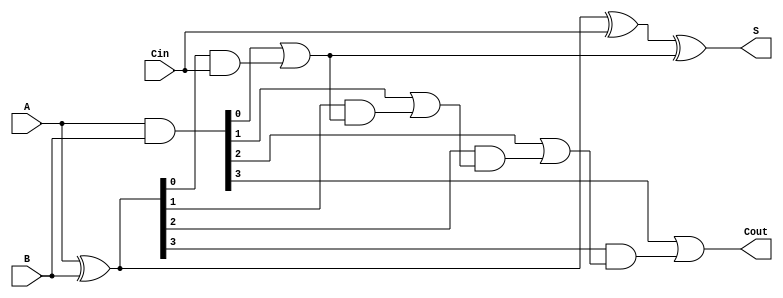
module conditional_sum_adder (
    input [3:0] A,      // 4-bit input A
    input [3:0] B,      // 4-bit input B
    input Cin,          // Carry-in
    output [3:0] S,     // 4-bit Sum output
    output Cout         // Carry-out
);

    // Internal signals for generate (G), propagate (P)
    wire [3:0] G;       // Generate signals
    wire [3:0] P;       // Propagate signals
    wire [3:0] C;       // Carry signals
    wire [3:0] S1;      // Sum assuming no carry-in
    wire [3:0] S2;      // Sum assuming carry-in

    // Generate and Propagate Logic
    assign G = A & B;                   // Generate: G[i] = A[i] AND B[i]
    assign P = A ^ B;                   // Propagate: P[i] = A[i] XOR B[i]

    // Intermediate Sum Computation
    assign S1 = A ^ B ^ {3'b0, Cin};    // S1[i] = A[i] XOR B[i] XOR Cin
    assign S2[0] = (A[0] ^ B[0]) ^ Cin; // S2[0] with Cin
    assign S2[1] = (A[1] ^ B[1]) ^ (G[0] | (P[0] & Cin)); // S2[1]
    assign S2[2] = (A[2] ^ B[2]) ^ (G[1] | (P[1] & (G[0] | (P[0] & Cin)))); // S2[2]
    assign S2[3] = (A[3] ^ B[3]) ^ (G[2] | (P[2] & (G[1] | (P[1] & (G[0] | (P[0] & Cin)))))); // S2[3]

    // Carry Generation
    assign C[0] = G[0] | (P[0] & Cin); // C[0]
    assign C[1] = G[1] | (P[1] & C[0]); // C[1]
    assign C[2] = G[2] | (P[2] & C[1]); // C[2]
    assign C[3] = G[3] | (P[3] & C[2]); // C[3]

    // Final Sum and Carry Output
    assign S = S1 ^ {3'b0, C[0]};        // Selecting appropriate sum based on carry
    assign Cout = C[3];                  // Final Carry-out

endmodule